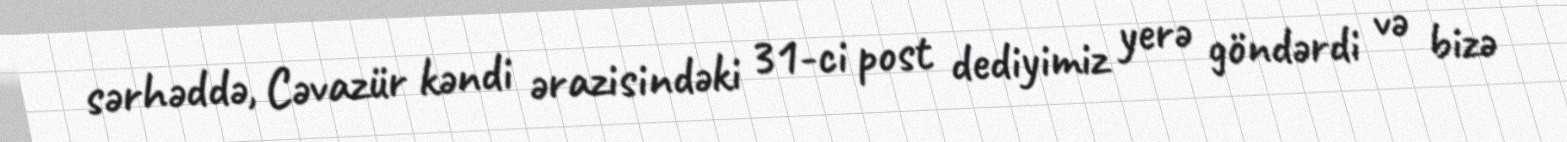
sərhəddə, Cəvazür kəndi ərazisindəki 31-ci post dediyimiz yerə göndərdi və bizə